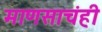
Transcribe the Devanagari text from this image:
माणसाचंही